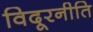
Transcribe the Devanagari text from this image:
विदूरनीति